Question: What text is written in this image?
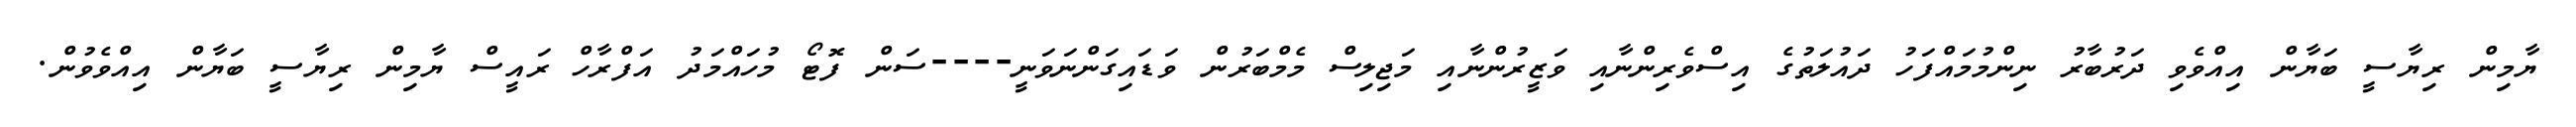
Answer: ޔާމިން ރިޔާސީ ބަޔާން އިއްވެވި ދަރުބާރު ނިންމުމައްފަހު ދައުލަތުގެ އިސްވެރިންނާއި ވަޒީރުންނާއި މަޖިލިސް މެމްބަރުން ވަޑައިގަންނަވަނީ----ސަން ފޮޓޯ މުހައްމަދު އަފްރާހް ރައީސް ޔާމިން ރިޔާސީ ބަޔާން އިއްވެވުން.